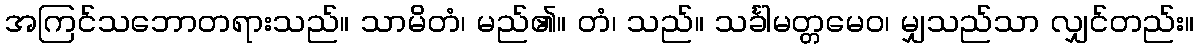
အကြင်သဘောတရားသည်။ သာမိတံ၊ မည်၏။ တံ၊ သည်။ သင်္ခါမတ္တမေဝ၊ မျှသည်သာ လျှင်တည်း။